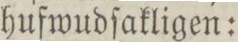
hufwudſakligen: